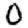
Digit: 0